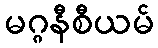
မဂ္ဂနီစီယမ်